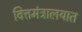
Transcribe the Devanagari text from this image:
वित्तमंत्रालयात